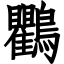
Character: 鸜